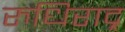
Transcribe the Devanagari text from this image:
रुधिराद्र्र